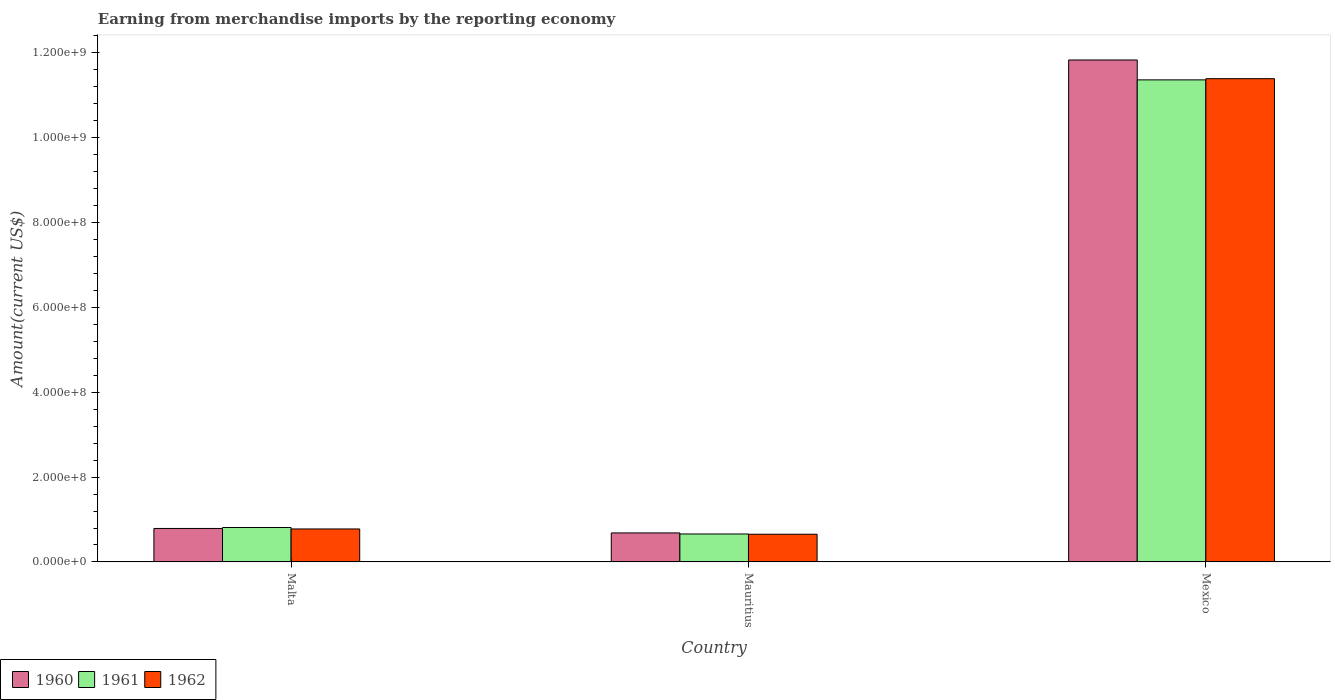
| Country | 1960 | 1961 | 1962 |
 | --- | --- | --- | --- |
 | Malta | 7.89e+07 | 8.12e+07 | 7.77e+07 |
 | Mauritius | 6.84e+07 | 6.59e+07 | 6.53e+07 |
 | Mexico | 1.18e+09 | 1.14e+09 | 1.14e+09 |